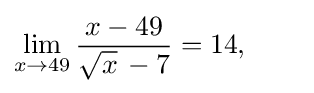
\lim _{x\to 49}{\frac {x-49}{{\sqrt {x}}\,-7}}=14,\qquad